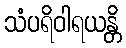
သံပရိဝါရယန္တိ